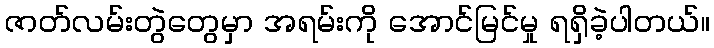
ဇာတ်လမ်းတွဲတွေမှာ အရမ်းကို အောင်မြင်မှု ရရှိခဲ့ပါတယ်။